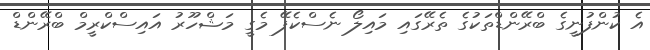
އެ ކުންފުނީގެ ބްރޭންޑްތަކުގެ ތެރޭގައި މައިލޯ ނެސްކެފޭ މެގީ މަޝްހޫރު އައިސްކްރީމް ބްރޭންޑް